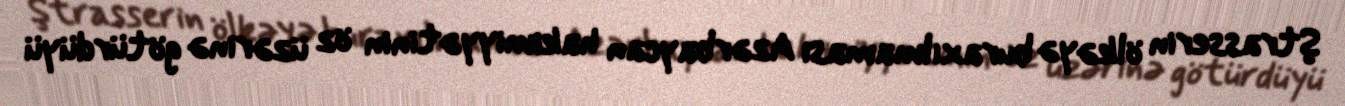
Ştrasserin ölkəyə buraxılmaması Azərbaycan hakimiyyətinin öz üzərinə götürdüyü